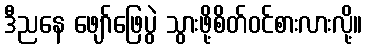
ဒီညနေ ဖျော်ဖြေပွဲ သွားဖို့စိတ်ဝင်စားလားလို့။